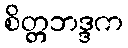
စိတ္တဘဒ္ဒက